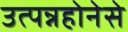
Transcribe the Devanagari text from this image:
उत्पन्नहोनेसे